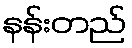
နန်းတည်